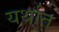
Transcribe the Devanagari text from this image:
यर्थात